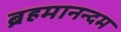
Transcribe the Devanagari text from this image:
ब्रहमानन्दम